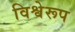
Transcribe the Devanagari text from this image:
विश्वेरूप